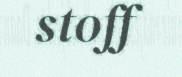
stoff